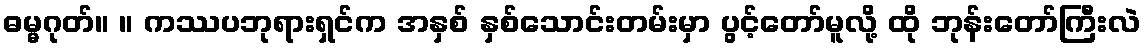
ဓမ္မဂုတ်။ ။ ကဿပဘုရားရှင်က အနှစ် နှစ်သောင်းတမ်းမှာ ပွင့်တော်မူလို့ ထို ဘုန်းတော်ကြီးလဲ